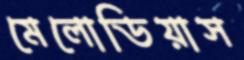
মেলোডিয়াস